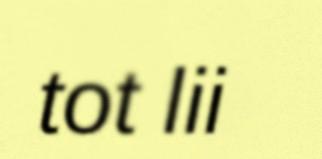
tot lii